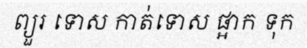
ព្យួរ ទោស កាត់ទោស ផ្អាក ទុក